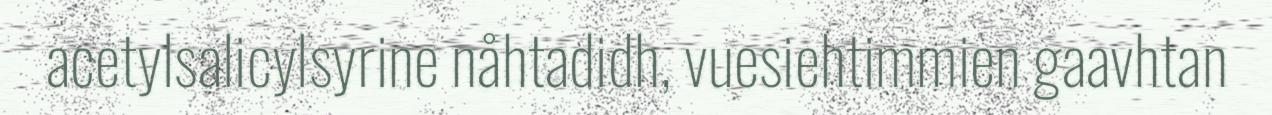
acetylsalicylsyrine nåhtadidh, vuesiehtimmien gaavhtan